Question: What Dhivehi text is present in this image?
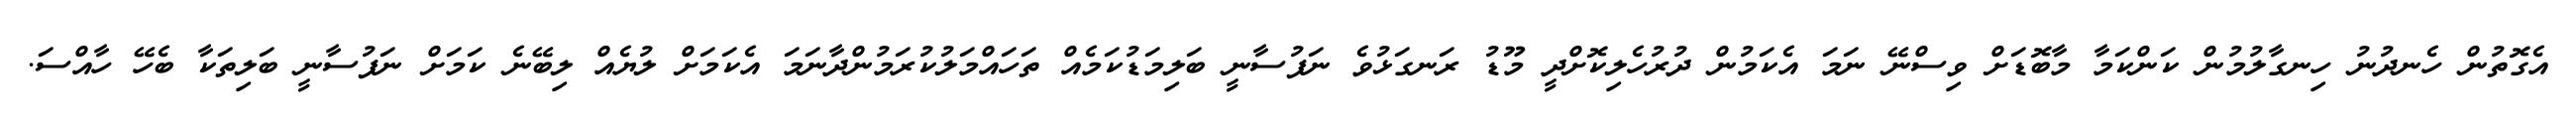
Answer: އެގޮތުން ހެނދުނު ހިނގާލުމުން ކަންކަމާ މާބޮޑަށް ވިސްނޭ ނަމަ އެކަމުން ދުރުހެލިކޮށްދީ މޫޑު ރަނގަޅުވެ ނަފުސާނީ ބަލިމަޑުކަމެއް ތަހައްމަލުކުރަމުންދާނަމަ އެކަމަށް ލުޔެއް ލިބޭނެ ކަމަށް ނަފުސާނީ ބަލިތަކާ ބެހޭ ހާއްސަ.